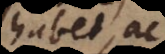
habet, ac